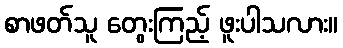
စာဖတ်သူ တွေးကြည့် ဖူးပါသလား။